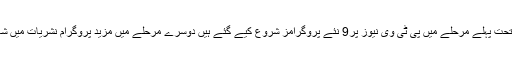
اس لائحہ عمل کے تحت پہلے مرحلے میں پی ٹی وی نیوز پر9 نئے پروگرامز شروع کیے گئے ہیں دوسرے مرحلے میں مزید پروگرام نشریات میں شامل کیے جائیں گے۔